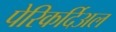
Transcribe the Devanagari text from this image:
पेरिकर्दिअल